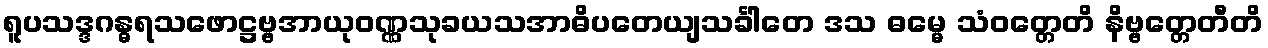
ရူပသဒ္ဒဂန္ဓရသဖောဋ္ဌဗ္ဗအာယုဝဏ္ဏသုခယသအာဓိပတေယျသင်္ခါတေ ဒသ ဓမ္မေ သံဝတ္တေတိ နိဗ္ဗတ္တေတီတိ